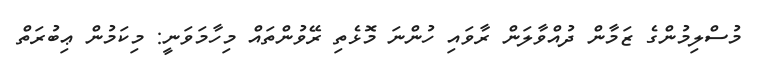
މުސްލިމުންގެ ޒަމާން ދުއްވާލަން ރާވައި ހުންނަ މޮޅެތި ރޭވުންތައް މިހާމަވަނީ: މިކަމުން ޢިބުރަތް